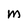
Character: M